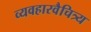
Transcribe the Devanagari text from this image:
व्यवहारवैचित्र्य